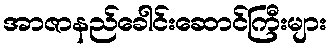
အာဇာနည်ခေါင်းဆောင်ကြီးများ